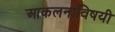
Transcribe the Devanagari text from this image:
आकलनाविषयी